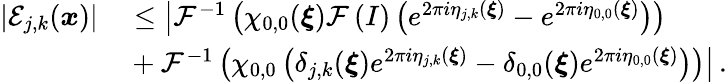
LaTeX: \begin{array}{rl}{\left\vert\mathcal{E}_{j,k}(\boldsymbol{x})\right\vert}&{{}\leq\big\vert\mathcal{F}^{-1}\left(\chi_{0,0}(\boldsymbol{\xi})\mathcal{F}\left(I\right)\left(e^{2\pi i\eta_{j,k}(\boldsymbol{\xi})}-e^{2\pi i\eta_{0,0}(\boldsymbol{\xi})}\right)\right)}\\ {\qquad}&{{}+\mathcal{F}^{-1}\left(\chi_{0,0}\left(\delta_{j,k}(\boldsymbol{\xi})e^{2\pi i\eta_{j,k}(\boldsymbol{\xi})}-\delta_{0,0}(\boldsymbol{\xi})e^{2\pi i\eta_{0,0}(\boldsymbol{\xi})}\right)\right)\big\vert\, .}\end{array}